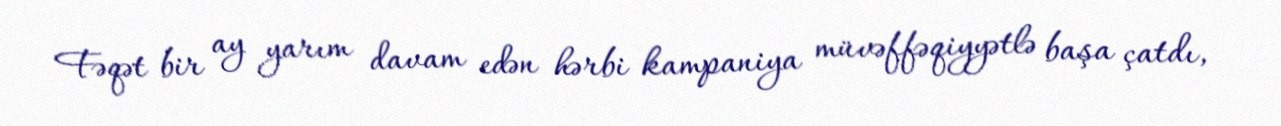
Fəqət bir ay yarım davam edən hərbi kampaniya müvəffəqiyyətlə başa çatdı,